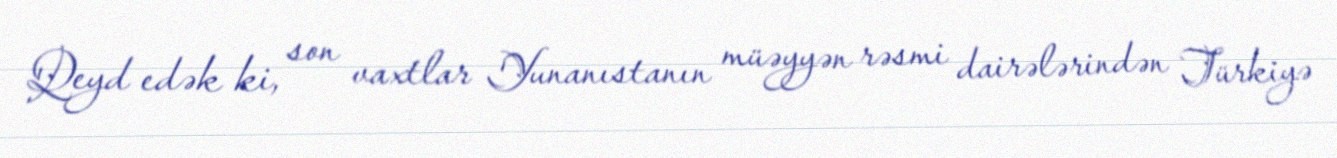
Qeyd edək ki, son vaxtlar Yunanıstanın müəyyən rəsmi dairələrindən Türkiyə